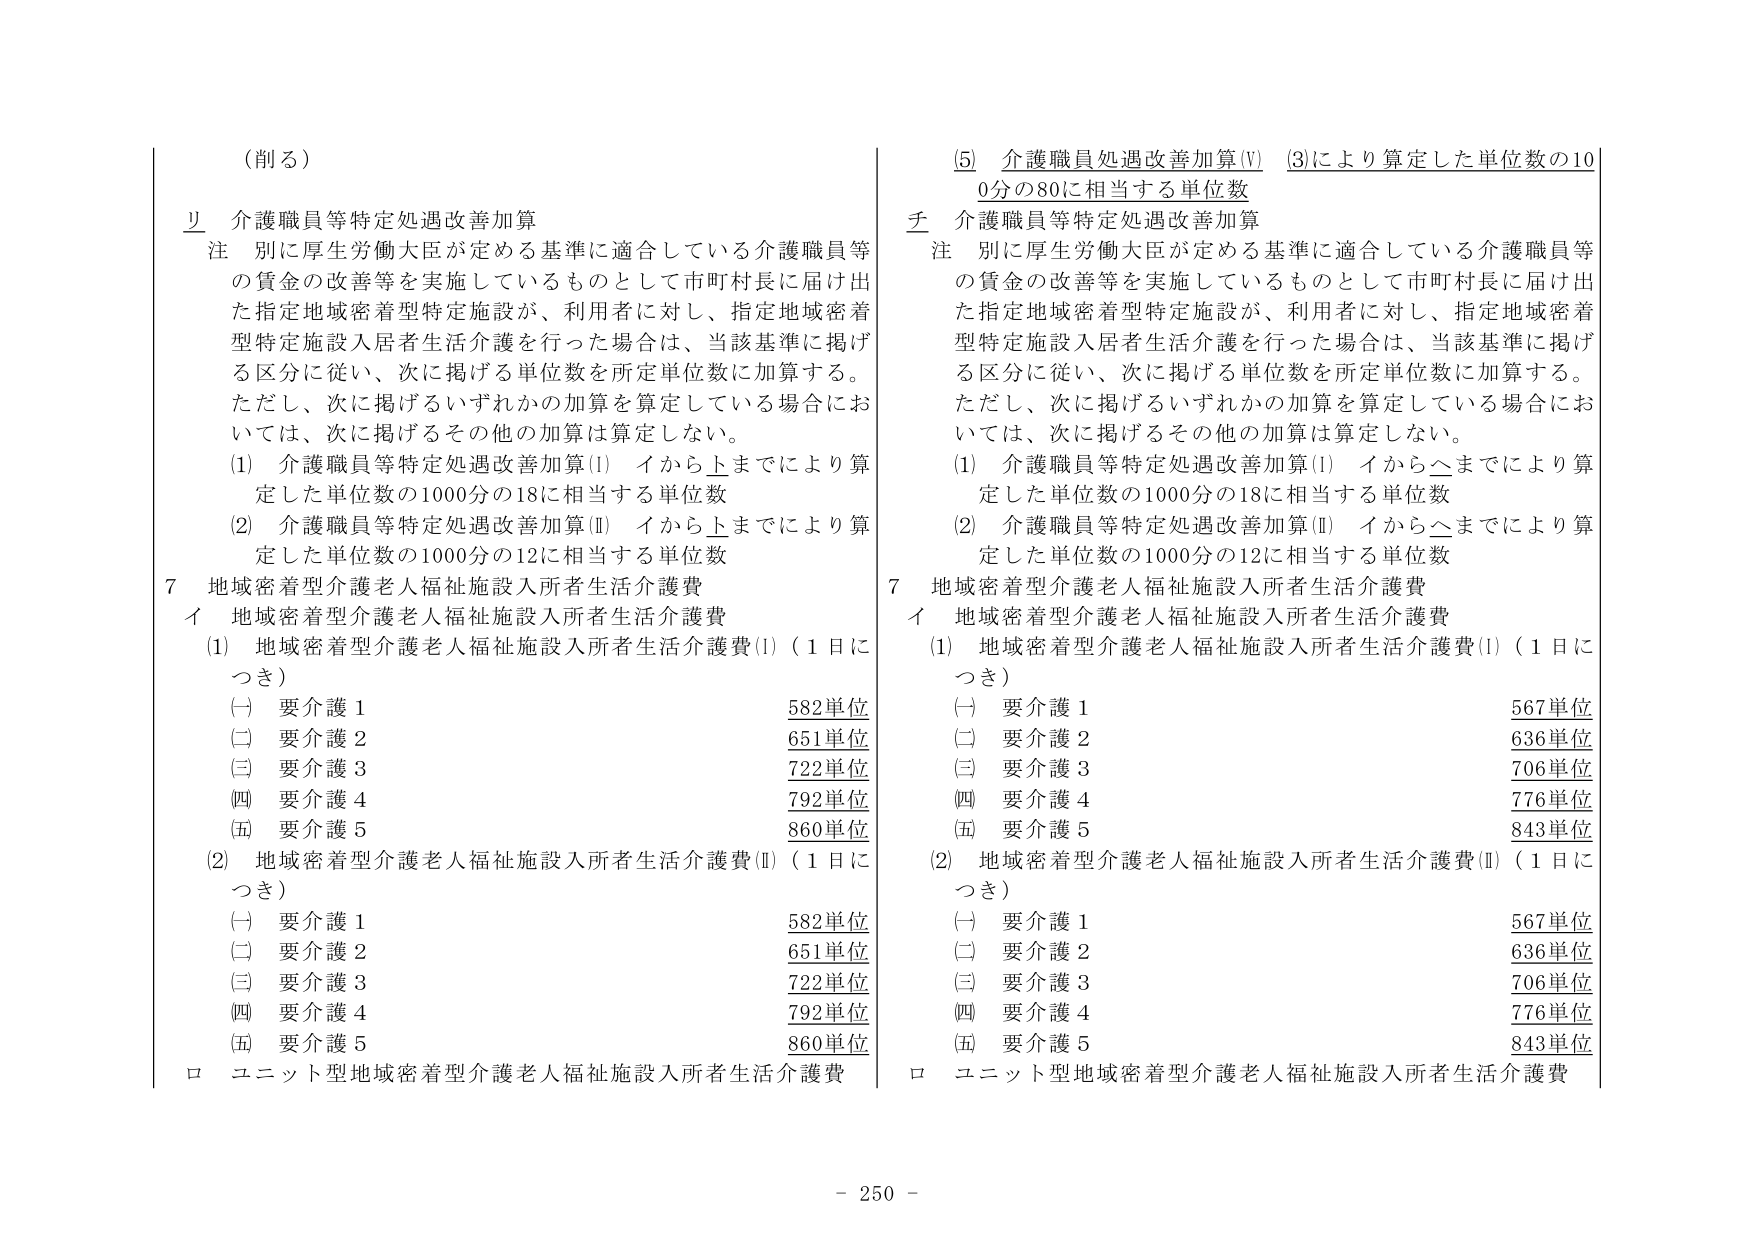
（削る）

リ 介護職員等特定処遇改善加算
注 別に厚生労働大臣が定める基準に適合している介護職員等の賃金の改善等を実施しているものとして市町村長に届け出た指定地域密着型特定施設が、利用者に対し、指定地域密着型特定施設入居者生活介護を行った場合は、当該基準に掲げる区分に従い、次に掲げる単位数を所定単位数に加算する。ただし、次に掲げるいずれかの加算を算定している場合においては、次に掲げるその他の加算は算定しない。
(1) 介護職員等特定処遇改善加算(I) イから上までにより算定した単位数の1000分の18に相当する単位数
(2) 介護職員等特定処遇改善加算(II) イから上までにより算定した単位数の1000分の12に相当する単位数

7 地域密着型介護老人福祉施設入所者生活介護費
イ 地域密着型介護老人福祉施設入所者生活介護費
(1) 地域密着型介護老人福祉施設入所者生活介護費(I)（1日につき）
(一) 要介護1 582単位
(二) 要介護2 651単位
(三) 要介護3 722単位
(四) 要介護4 792単位
(五) 要介護5 860単位
(2) 地域密着型介護老人福祉施設入所者生活介護費(II)（1日につき）
(一) 要介護1 582単位
(二) 要介護2 651単位
(三) 要介護3 722単位
(四) 要介護4 792単位
(五) 要介護5 860単位
ロ ユニット型地域密着型介護老人福祉施設入所者生活介護費

(5) 介護職員処遇改善加算(V) (3)により算定した単位数の100分の80に相当する単位数
チ 介護職員等特定処遇改善加算
注 別に厚生労働大臣が定める基準に適合している介護職員等の賃金の改善等を実施しているものとして市町村長に届け出た指定地域密着型特定施設が、利用者に対し、指定地域密着型特定施設入居者生活介護を行った場合は、当該基準に掲げる区分に従い、次に掲げる単位数を所定単位数に加算する。ただし、次に掲げるいずれかの加算を算定している場合においては、次に掲げるその他の加算は算定しない。
(1) 介護職員等特定処遇改善加算(I) イからへまでにより算定した単位数の1000分の18に相当する単位数
(2) 介護職員等特定処遇改善加算(II) イからへまでにより算定した単位数の1000分の12に相当する単位数

7 地域密着型介護老人福祉施設入所者生活介護費
イ 地域密着型介護老人福祉施設入所者生活介護費
(1) 地域密着型介護老人福祉施設入所者生活介護費(I)（1日につき）
(一) 要介護1 567単位
(二) 要介護2 636単位
(三) 要介護3 706単位
(四) 要介護4 776単位
(五) 要介護5 843単位
(2) 地域密着型介護老人福祉施設入所者生活介護費(II)（1日につき）
(一) 要介護1 567単位
(二) 要介護2 636単位
(三) 要介護3 706単位
(四) 要介護4 776単位
(五) 要介護5 843単位
ロ ユニット型地域密着型介護老人福祉施設入所者生活介護費

- 250 -